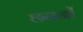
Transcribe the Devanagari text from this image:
छननों